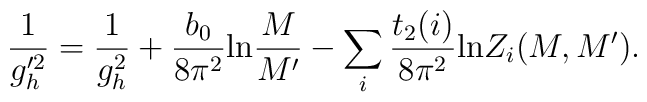
\frac{1}{g'^2_h} = \frac{1}{g^2_h} + \frac{b_0}{8 \pi^2} \mbox{ln}  \frac{M}{M'} - \sum_i \frac{t_2(i)}{8 \pi^2} \mbox{ln}Z_i(M,M').